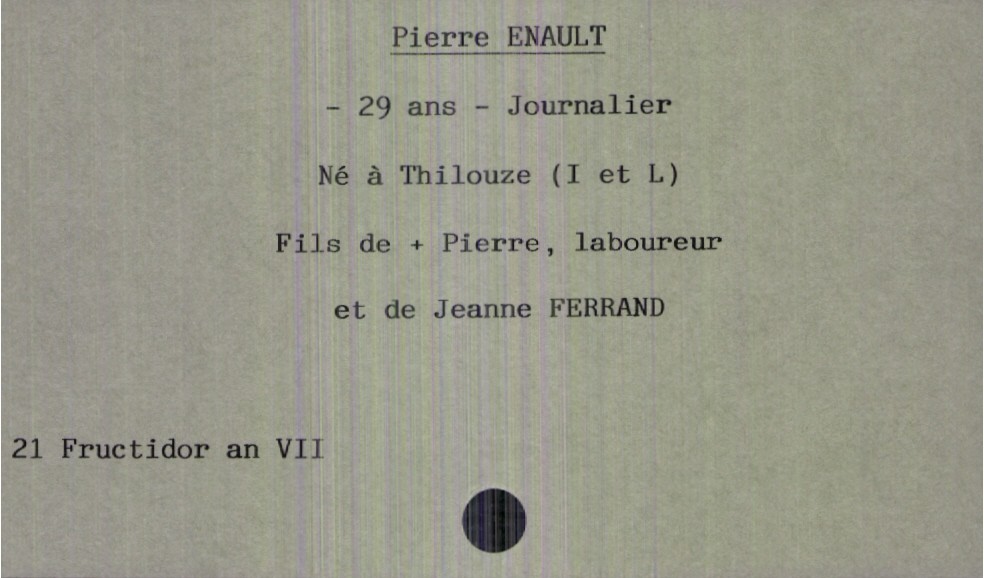
type_acte: Décès
année: an VII
mois: fructidor
jour: 21
défunt_nom: Enault
défunt_prénom: Pierre
défunt_sexe: H
défunt_âge: 29 ans
défunt_profession: journalier
défunt_lieu_de_naissance: Thilouze (Indre et Loire)
père_défunt_nom: Enault
père_défunt_prénom: Pierre
père_défunt_profession: laboureur
père_défunt_statut: décédé
mère_défunt_nom: Ferrand
mère_défunt_prénom: Jeanne